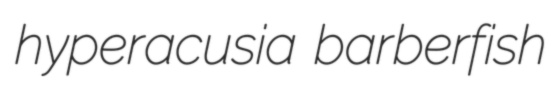
hyperacusia barberfish